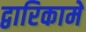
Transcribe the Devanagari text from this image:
द्वारिकामें